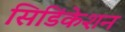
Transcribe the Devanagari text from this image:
सिडिंकेशन